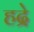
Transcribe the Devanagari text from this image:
हद्रे